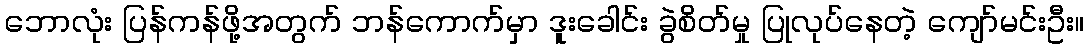
ဘောလုံး ပြန်ကန်ဖို့အတွက် ဘန်ကောက်မှာ ဒူးခေါင်း ခွဲစိတ်မှု ပြုလုပ်နေတဲ့ ကျော်မင်းဦး။